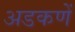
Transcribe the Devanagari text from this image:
अडकणें